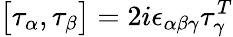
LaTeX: \bigl[\tau_{\alpha},\tau_{\beta}\bigr]=2i\epsilon_{\alpha\beta\gamma}\tau_{\gamma}^{T}